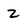
Character: 2